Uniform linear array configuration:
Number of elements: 32
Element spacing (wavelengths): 1
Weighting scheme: exponential
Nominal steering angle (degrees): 0
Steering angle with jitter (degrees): -1.145
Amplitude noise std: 0.05
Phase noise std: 0.05

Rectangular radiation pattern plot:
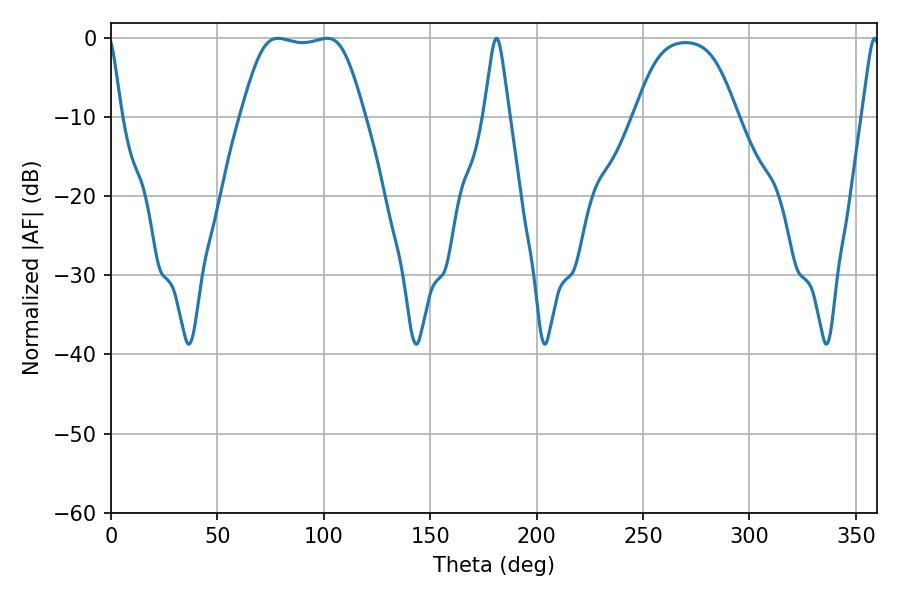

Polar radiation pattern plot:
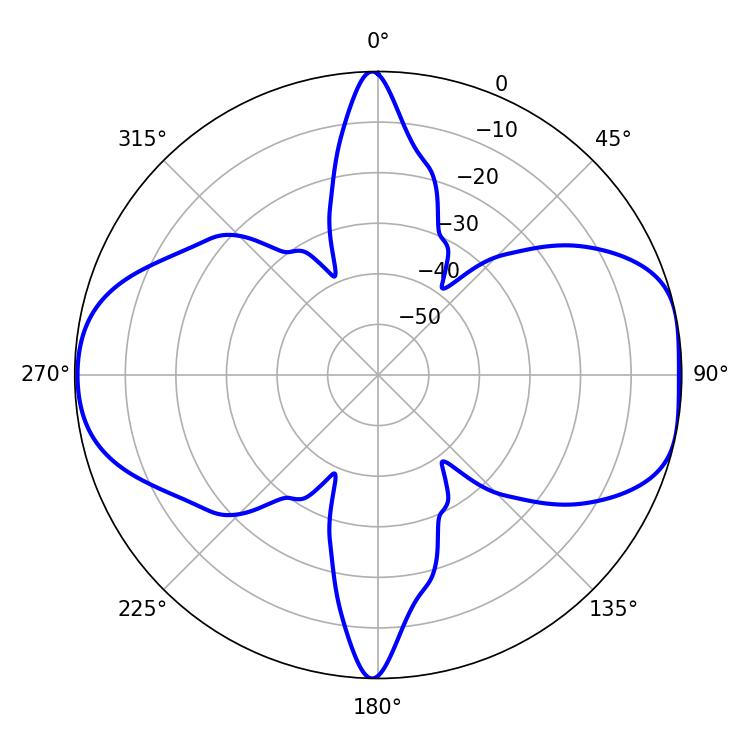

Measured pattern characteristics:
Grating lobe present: TRUE
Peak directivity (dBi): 9.247
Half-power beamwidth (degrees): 43.2
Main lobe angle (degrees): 78.48